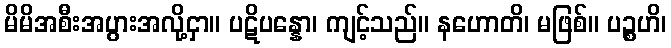
မိမိအစီးအပွားအလို့ငှာ။ ပဋိပန္နော၊ ကျင့်သည်။ နဟောတိ၊ မဖြစ်။ ပဉ္စဟိ၊